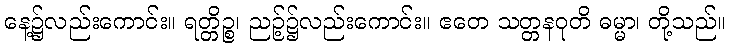
နေ့၌လည်းကောင်း။ ရတ္တိဉ္စ၊ ညဉ့်၌လည်းကောင်း။ ဧတေ သတ္တနဝုတိ ဓမ္မာ၊ တို့သည်။